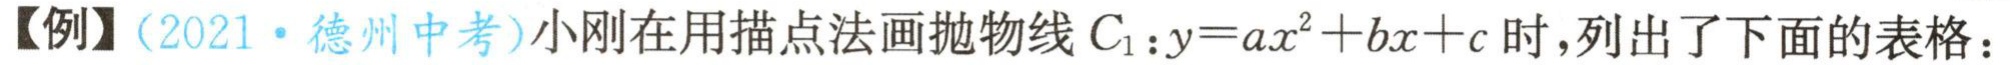
【例】（2021·德州中考）小刚在用描点法画抛物线 \(C_{1}:y = ax^{2}+bx + c\) 时，列出了下面的表格：